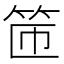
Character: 𫁹